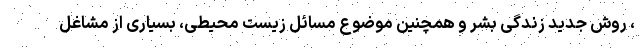
، روش جدید زندگی بشر و همچنین موضوع مسائل زیست محیطی، بسیاری از مشاغل